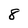
Character: 8